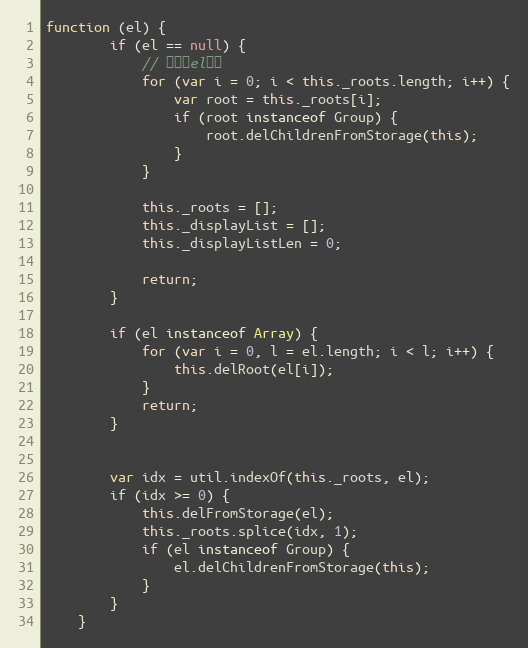
Language: JavaScript
function (el) {
        if (el == null) {
            // 不指定el清空
            for (var i = 0; i < this._roots.length; i++) {
                var root = this._roots[i];
                if (root instanceof Group) {
                    root.delChildrenFromStorage(this);
                }
            }

            this._roots = [];
            this._displayList = [];
            this._displayListLen = 0;

            return;
        }

        if (el instanceof Array) {
            for (var i = 0, l = el.length; i < l; i++) {
                this.delRoot(el[i]);
            }
            return;
        }

        var idx = util.indexOf(this._roots, el);
        if (idx >= 0) {
            this.delFromStorage(el);
            this._roots.splice(idx, 1);
            if (el instanceof Group) {
                el.delChildrenFromStorage(this);
            }
        }
    }